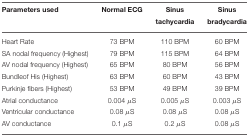
<table><thead><tr><td><b>Parameters used</b></td><td><b>Normal ECG</b></td><td><b>Sinus tachycardia</b></td><td><b>Sinus bradycardia</b></td></tr></thead><tbody><tr><td>Heart Rate</td><td>73 BPM</td><td>110 BPM</td><td>60 BPM</td></tr><tr><td>SA nodal frequency (Highest)</td><td>79 BPM</td><td>115 BPM</td><td>64 BPM</td></tr><tr><td>AV nodal frequency (Highest)</td><td>65 BPM</td><td>80 BPM</td><td>56 BPM</td></tr><tr><td>Bundleof His (Highest)</td><td>63 BPM</td><td>60 BPM</td><td>43 BPM</td></tr><tr><td>Purkinje fibers (Highest)</td><td>53 BPM</td><td>49 BPM</td><td>39 BPM</td></tr><tr><td>Atrial conductance</td><td>0.004 μS</td><td>0.005 μS</td><td>0.003 μS</td></tr><tr><td>Ventricular conductance</td><td>0.08 μS</td><td>0.08 μS</td><td>0.08 μS</td></tr><tr><td>AV conductance</td><td>0.1 μS</td><td>0.2 μS</td><td>0.08 μS</td></tr></tbody></table>